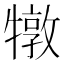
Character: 犜